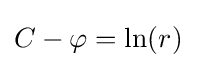
C-\varphi =\ln(r)\